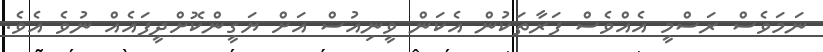
ނަމަވެސް ރަސްމީ އެއްވެސް ފަރާތަކުން އެކަން ވީނިއުސް އަށް ޔަގީންކޮށްދީފައެއް ނުވެ އެވެ.